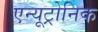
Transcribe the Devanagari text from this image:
एन्यूट्रोनिक